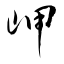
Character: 岬